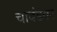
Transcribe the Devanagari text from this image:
चावंडवर